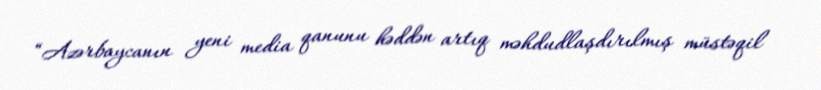
“Azərbaycanın yeni media qanunu həddən artıq məhdudlaşdırılmış müstəqil